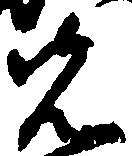
先